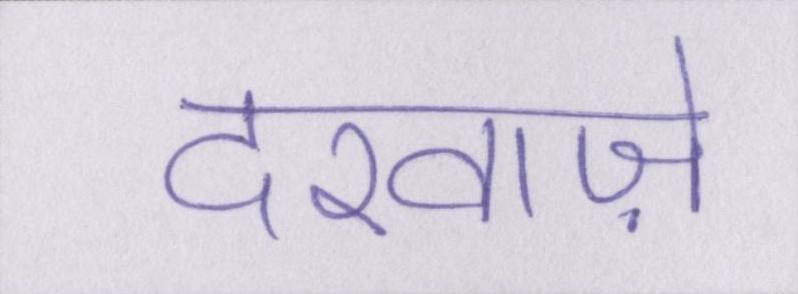
दरवाज़े